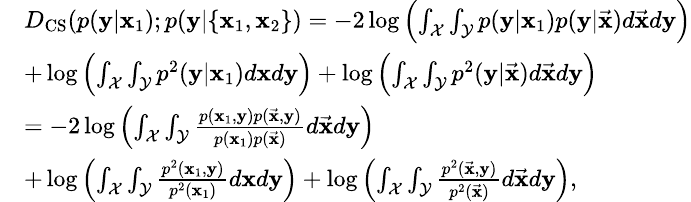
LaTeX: \small\begin{array}{rl}&{D_{\mathrm{CS}}(p(\mathbf{y}|\mathbf{x}_{1});p(\mathbf{y}|\{ \mathbf{x}_{1},\mathbf{x}_{2}\} )=-2\log\left(\int_{\mathcal{X}}\int_{\mathcal{Y}}p(\mathbf{y}|\mathbf{x}_{1})p(\mathbf{y}|\vec{\mathbf{x}})d\vec{\mathbf{x}}d\mathbf{y}\right)}\\ &{+\log\left(\int_{\mathcal{X}}\int_{\mathcal{Y}}p^{2}(\mathbf{y}|\mathbf{x}_{1})d\mathbf{x}d\mathbf{y}\right)+\log\left(\int_{\mathcal{X}}\int_{\mathcal{Y}}p^{2}(\mathbf{y}|\vec{\mathbf{x}})d\vec{\mathbf{x}}d\mathbf{y}\right)}\\ &{=-2\log\left(\int_{\mathcal{X}}\int_{\mathcal{Y}}\frac{p(\mathbf{x}_{1},\mathbf{y})p(\vec{\mathbf{x}},\mathbf{y})}{p(\mathbf{x}_{1})p(\vec{\mathbf{x}})}d\vec{\mathbf{x}}d\mathbf{y}\right)}\\ &{+\log\left(\int_{\mathcal{X}}\int_{\mathcal{Y}}\frac{p^{2}(\mathbf{x}_{1},\mathbf{y})}{p^{2}(\mathbf{x}_{1})}d\mathbf{x}d\mathbf{y}\right)+\log\left(\int_{\mathcal{X}}\int_{\mathcal{Y}}\frac{p^{2}(\vec{\mathbf{x}},\mathbf{y})}{p^{2}(\vec{\mathbf{x}})}d\vec{\mathbf{x}}d\mathbf{y}\right),}\end{array}